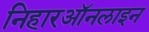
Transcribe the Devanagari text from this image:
निहारऑनलाइन